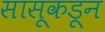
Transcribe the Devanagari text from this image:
सासूकडून